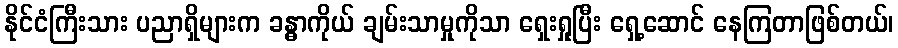
နိုင်ငံကြီးသား ပညာရှိများက ခန္ဓာကိုယ် ချမ်းသာမှုကိုသာ ရှေးရှုပြီး ရှေ့ဆောင် နေကြတာဖြစ်တယ်၊